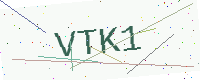
Text: VTK1